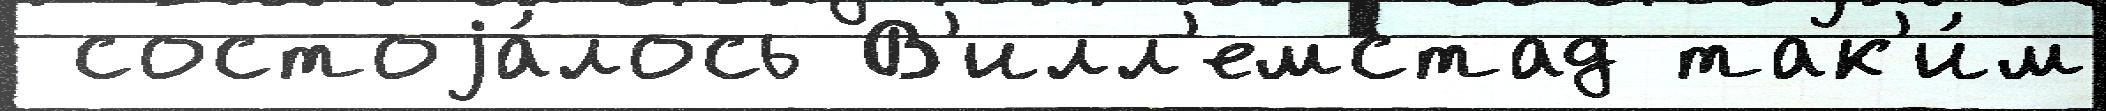
 состоjа́лось В'илл'емстад так'и́м